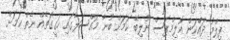
ފިލްމު ދައްކަން އޮލިމްޕަސް ނުލިބޭ ކަމަށް ބުނާ މައްސަލާގައި ހަގީގަތެއް ނެތް ކަމަށް